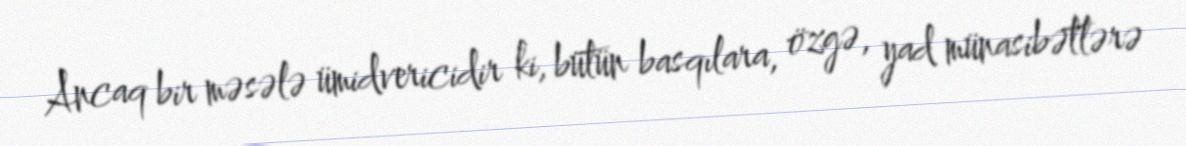
Ancaq bir məsələ ümidvericidir ki, bütün basqılara, özgə, yad münasibətlərə